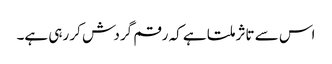
اس سے تاثر ملتا ہے کہ رقم گردش کر رہی ہے۔